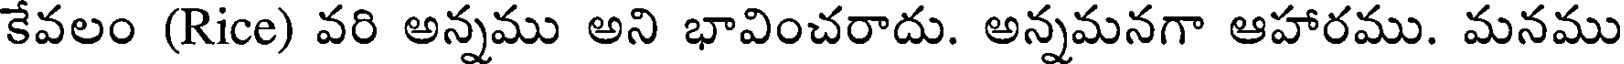
కేవలం (Rice) వరి అన్నము అని భావించరాదు. అన్నమనగా ఆహారము. మనము